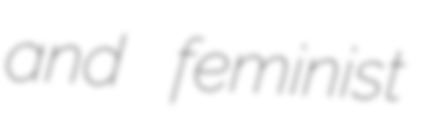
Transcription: and feminist